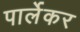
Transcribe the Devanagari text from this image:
पार्लेकर